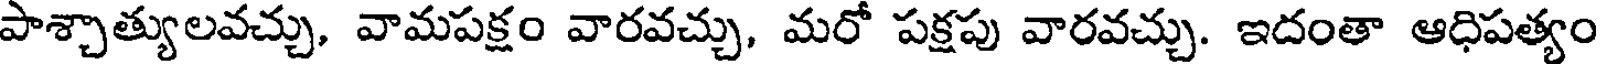
పాశ్చాత్యులవచ్చు, వామపక్షం వారవచ్చు, మరో పక్షపు వారవచ్చు. ఇదంతా ఆధిపత్యం